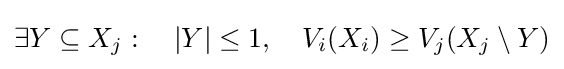
\exists Y\subseteq X_{j}:~~~|Y|\leq 1,~~~V_{i}(X_{i})\geq V_{j}(X_{j}\setminus Y)